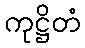
ကုဋ္ဌိတံ